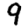
Digit: 9